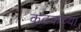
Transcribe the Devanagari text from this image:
कटकच्या